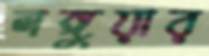
লঙ্গুয়ার